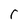
Character: r